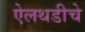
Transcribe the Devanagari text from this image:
ऐलथडीचे